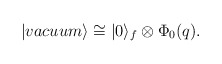
\begin{align*}|vacuum\rangle \cong |0\rangle_f \otimes \Phi_0(q).\end{align*}